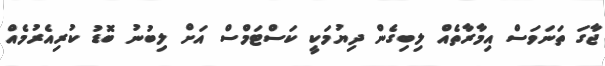
ޖާގަ ތަނަވަސް އިމާރާތެއް ލިބިގެން ދިޔުމަކީ ކަސްޓަމްސް އަށް ލިބުނު ބޮޑު ކުރިއެރުމެއް